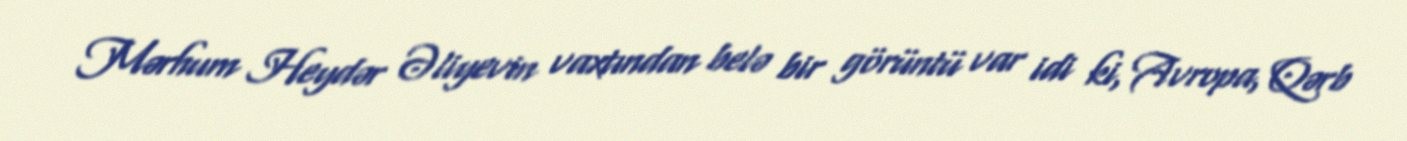
Mərhum Heydər Əliyevin vaxtından belə bir görüntü var idi ki, Avropa, Qərb